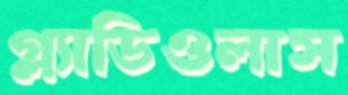
গ্ল্যাডিওলাস